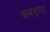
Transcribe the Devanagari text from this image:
बलंतस्य